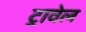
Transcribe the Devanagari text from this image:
ट्रावेल